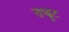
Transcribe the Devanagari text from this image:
राष्ट्कूट